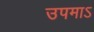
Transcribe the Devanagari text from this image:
उपमाऽ